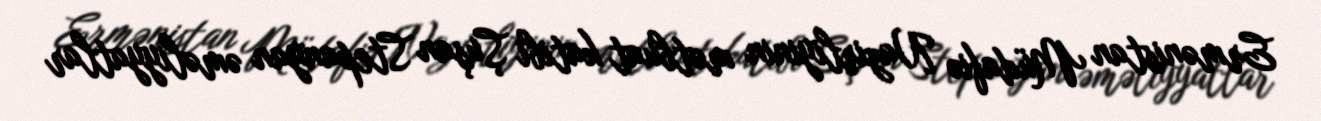
Ermənistan Müdafiə Nazirliyinin mətbuat katibi Şuşan Stepanyan əməliyyatlar